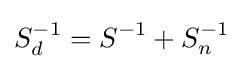
S_{d}^{-1}=S^{-1}+S_{n}^{-1}